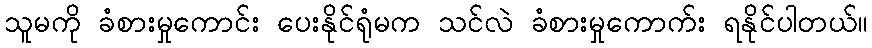
သူမကို ခံစားမှုကောင်း ပေးနိုင်ရုံမက သင်လဲ ခံစားမှုကောက်း ရနိုင်ပါတယ်။